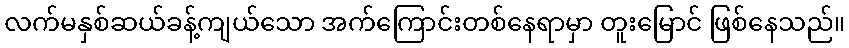
လက်မနှစ်ဆယ်ခန့်ကျယ်သော အက်ကြောင်းတစ်နေရာမှာ တူးမြောင် ဖြစ်နေသည်။